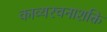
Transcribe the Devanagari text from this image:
काव्यरचनाशक्ति